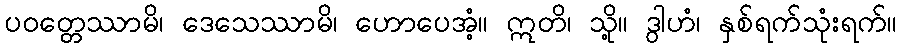
ပဝတ္တေဿာမိ၊ ဒေသေဿာမိ၊ ဟောပေအံ့။ ဣတိ၊ သို့။ ဒွါဟံ၊ နှစ်ရက်သုံးရက်။